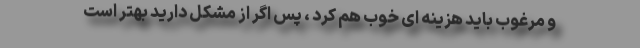
و مرغوب باید هزینه ای خوب هم کرد ، پس اگر از مشکل دارید بهتر است